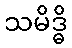
သမိဒ္ဓိ